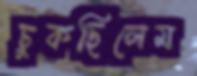
চুকছিলেম